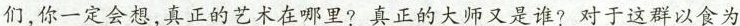
们，你一定会想，真正的艺术在哪里?真正的大师又是谁?对于这群以食为